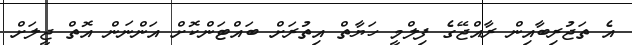
އެ ތަޖުރިބާއިން ރާއްޖޭގެ ފިލްމީ ހަޔާތް އިތުރަށް ބައްޓަންކޮށް އަންނަން އޮތް ޖީލަށް